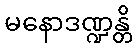
မနောဒဏ္ဍန္တိ